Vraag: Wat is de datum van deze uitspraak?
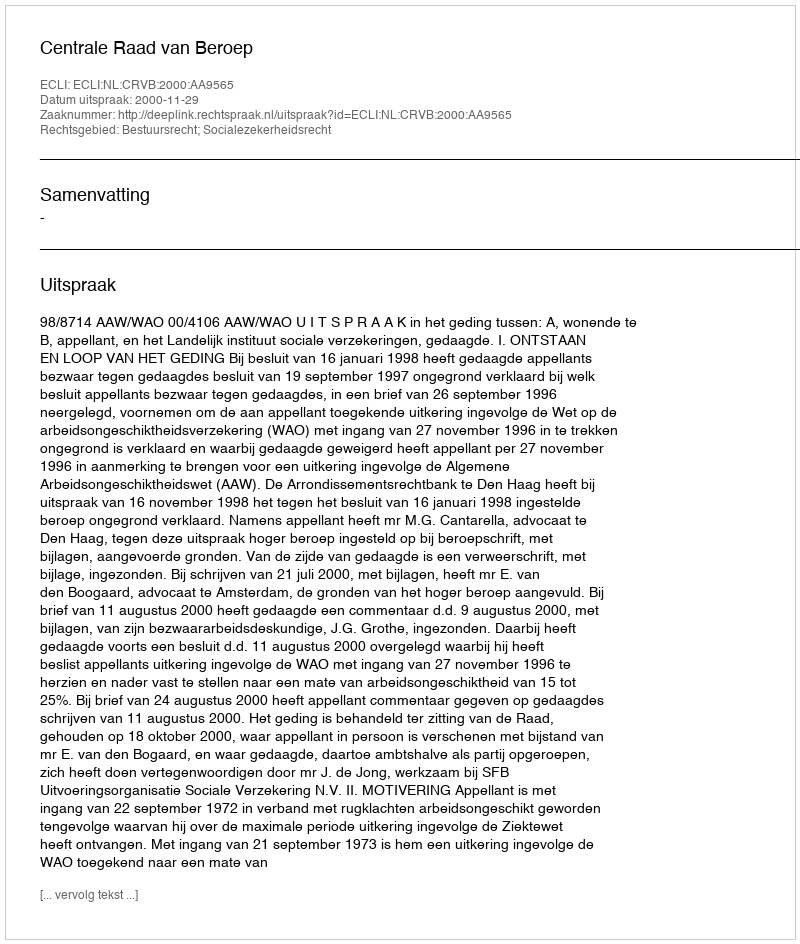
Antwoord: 2000-11-29